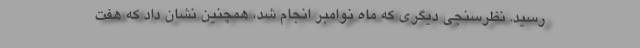
رسید. نظرسنجی دیگری که ماه نوامبر انجام شد، همچنین نشان داد که هفت